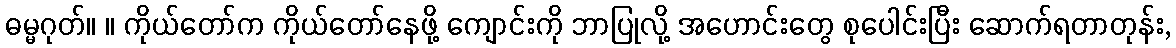
ဓမ္မဂုတ်။ ။ ကိုယ်တော်က ကိုယ်တော်နေဖို့ ကျောင်းကို ဘာပြုလို့ အဟောင်းတွေ စုပေါင်းပြီး ဆောက်ရတာတုန်း,